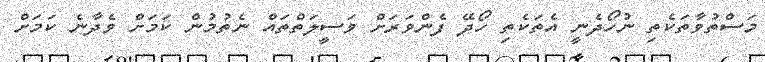
މަސްތުވާތަކެތި ނުހޯދެނީ އެތަކެތި ހޯދޭ ފެންވަރަށް ވަސީލަތްތައް ނެތުމުން ކަމަށް ވެދާނެ ކަމަށް